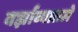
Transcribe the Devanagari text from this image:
वर्झाव्यातले